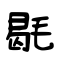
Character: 毼